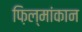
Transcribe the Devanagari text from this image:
फ़िल्मांकान